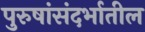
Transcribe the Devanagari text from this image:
पुरुषांसंदर्भातील